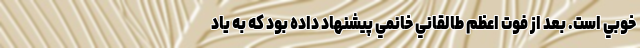
خوبي است. بعد از فوت اعظم طالقاني خانمي ‌پيشنهاد داده بود که به ياد